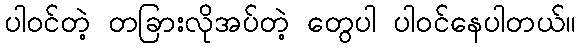
ပါ၀င်တဲ့ တခြားလိုအပ်တဲ့ တွေပါ ပါ၀င်နေပါတယ်။